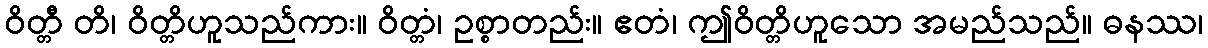
ဝိတ္တီ တိ၊ ဝိတ္တိဟူသည်ကား။ ဝိတ္တံ၊ ဥစ္စာတည်း။ ဧတံ၊ ဤဝိတ္တိဟူသော အမည်သည်။ ဓနဿ၊